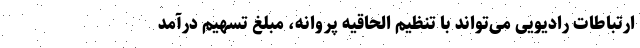
ارتباطات رادیویی می‌تواند با تنظیم الحاقیه پروانه، مبلغ تسهیم درآمد